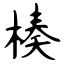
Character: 楱